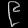
Digit: ၉